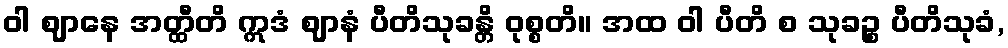
ဝါ ဈာနေ အတ္ထီတိ ဣဒံ ဈာနံ ပီတိသုခန္တိ ဝုစ္စတိ။ အထ ဝါ ပီတိ စ သုခဉ္စ ပီတိသုခံ,